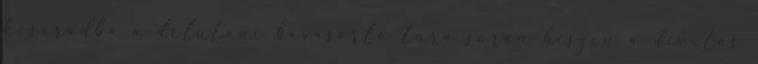
kosaradba a délutáni bevásárló túra során hiszen a divatos